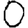
Digit: 0